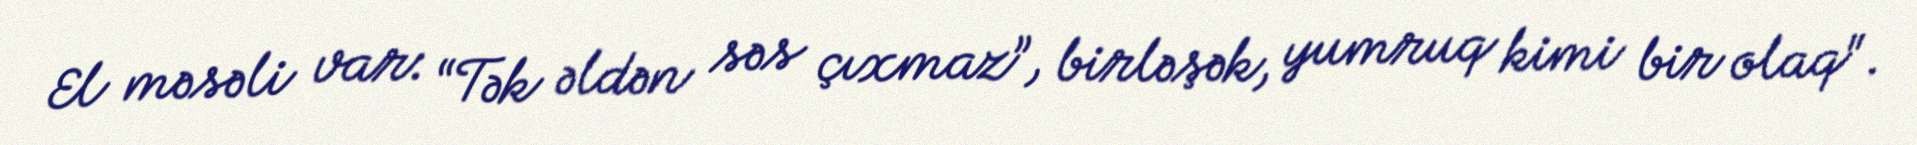
El məsəli var: “Tək əldən səs çıxmaz”, birləşək, yumruq kimi bir olaq".